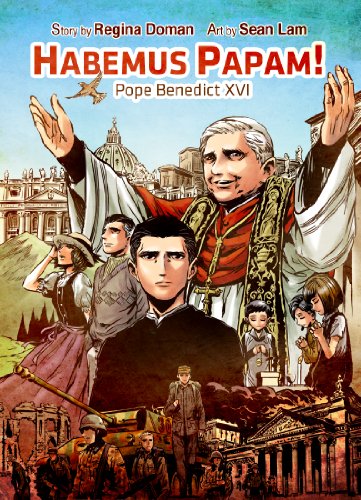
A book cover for Habemus Papam! Pope Benedict XVI; Regina Doman; Comics & Graphic Novels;